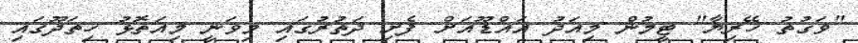
"ވަގުތު ހޭރިޔާ" ޓީމުން މިއަދު އައްޑޫއަށް ފެށި ދަތުރުގައި މިވަނީ މިއަތޮޅު ހިތަދޫގައި